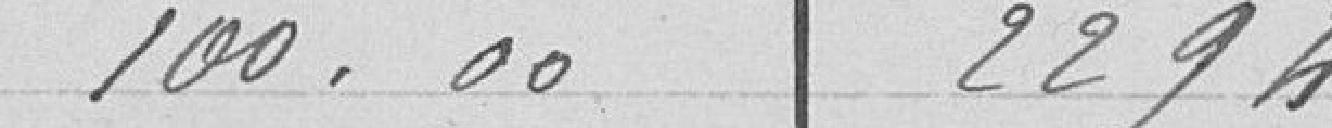
100,00.  2 294